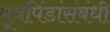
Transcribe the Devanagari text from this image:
मूत्रपिंडांसंबंधी